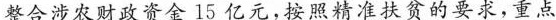
整合涉农财政资金15亿元，按照精准扶贫的要求，重点